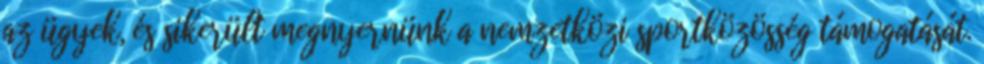
az ügyek, és sikerült megnyernünk a nemzetközi sportközösség támogatását.